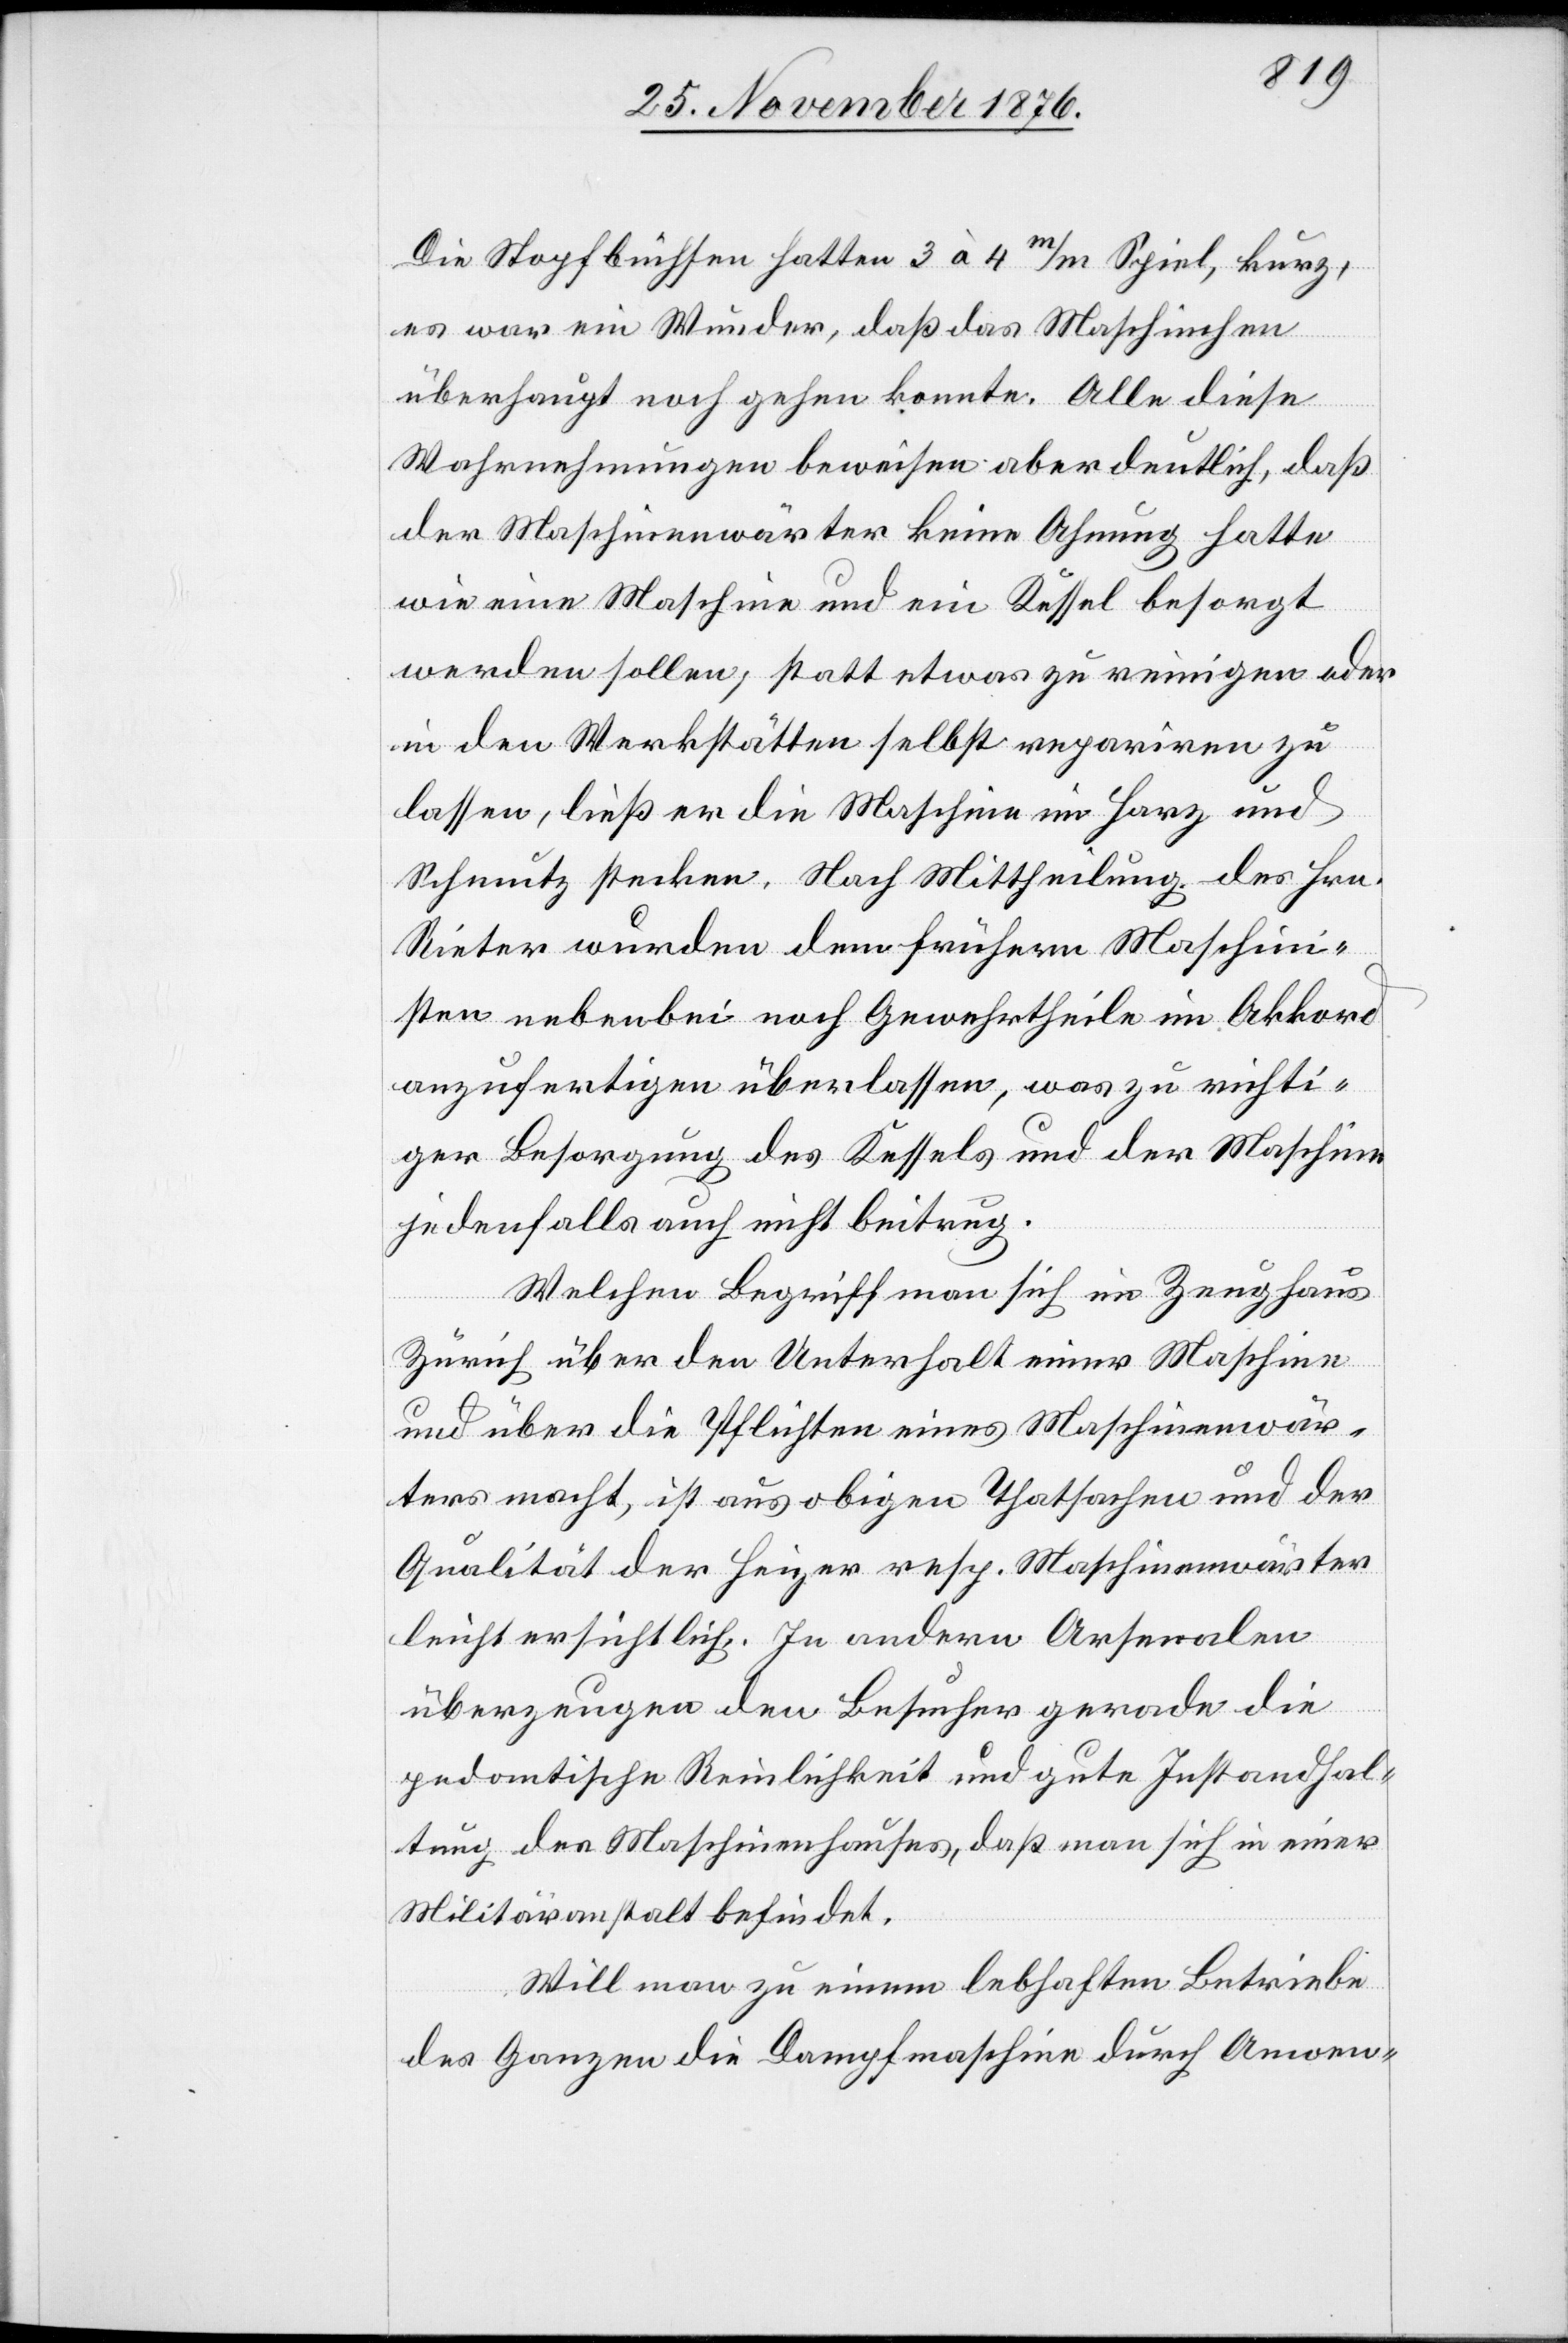
Die Stopfbüchsen hatten 3 à 4m/m Spiel, kurz,
es war ein Wunder, daß das Maschinchen
überhaupt noch gehen konnte. Alle diese
Wahrnehmungen beweisen aber deutlich, daß
der Maschinenwärter keine Ahnung hatte
wie eine Maschine und ein Kessel besorgt
werden sollen; statt etwas zu reinigen oder
in den Werkstätten selbst repariren zu
lassen, ließ er die Maschine im Harz und
Schmutz stecken. Nach Mittheilung des Hrn.
Rieter wurden dem frühern Maschin¬
isten nebenbei noch Gewehrtheile im Akkord
anzufertigen überlassen, was zu richti¬
ger Besorgung des Kessels und der Maschine
jedenfalls auch nicht beitrug.
Welchen Begriff man sich im Zeughaus
Zürich über den Unterhalt einer Maschine
und über die Pflichten eines Maschinenwär¬
ters macht, ist aus obigen Thatsachen und der
Qualität der Heizer resp. Maschinenwärter
leicht ersichtlich. In andern Arsenalen
überzeugen den Besucher gerade die
pedantische Reinlichkeit und gute Instandhal¬
tung des Maschinenhauses, daß man sich in einer
Militäranstalt befindet.
Will man zu einem lebhaften Betriebe
des Ganzen die Dampfmaschine durch Anwen-